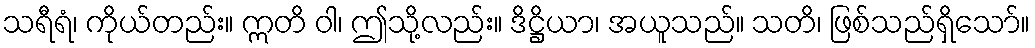
သရီရံ၊ ကိုယ်တည်း။ ဣတိ ဝါ၊ ဤသို့လည်း။ ဒိဋ္ဌိယာ၊ အယူသည်။ သတိ၊ ဖြစ်သည်ရှိသော်။